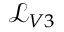
\mathcal { L } _ { V 3 }